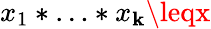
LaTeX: x_{1}*\ldots*x_{\mathbf{k}}\leqx